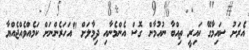
އެރަށު ސައިމާގޭ ކައިރީ ތިއްބާ ނުއުމާން ގޮސް އެންމެނާއި ދިމާލަށް "އަހަރެންނަށް ކަމެއްވެއްޖެއްޔާ